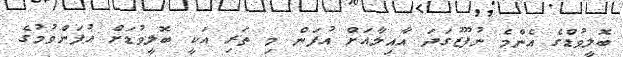
ބޮލީވުޑްގެ އެންމެ ނުފޫޒުގަދަ އާއިލާއަށް އުފަން މި ތަރި އަކީ ބޮލީވުޑަށް އުފަންވުމުގެ